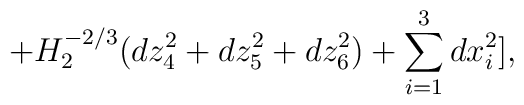
+H_{2}^{-2/3}(dz_{4}^{2}+dz_{5}^{2}+dz_{6}^{2})+\sum_{i=1}^{3}dx_{i}^{2}],